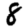
Digit: 8